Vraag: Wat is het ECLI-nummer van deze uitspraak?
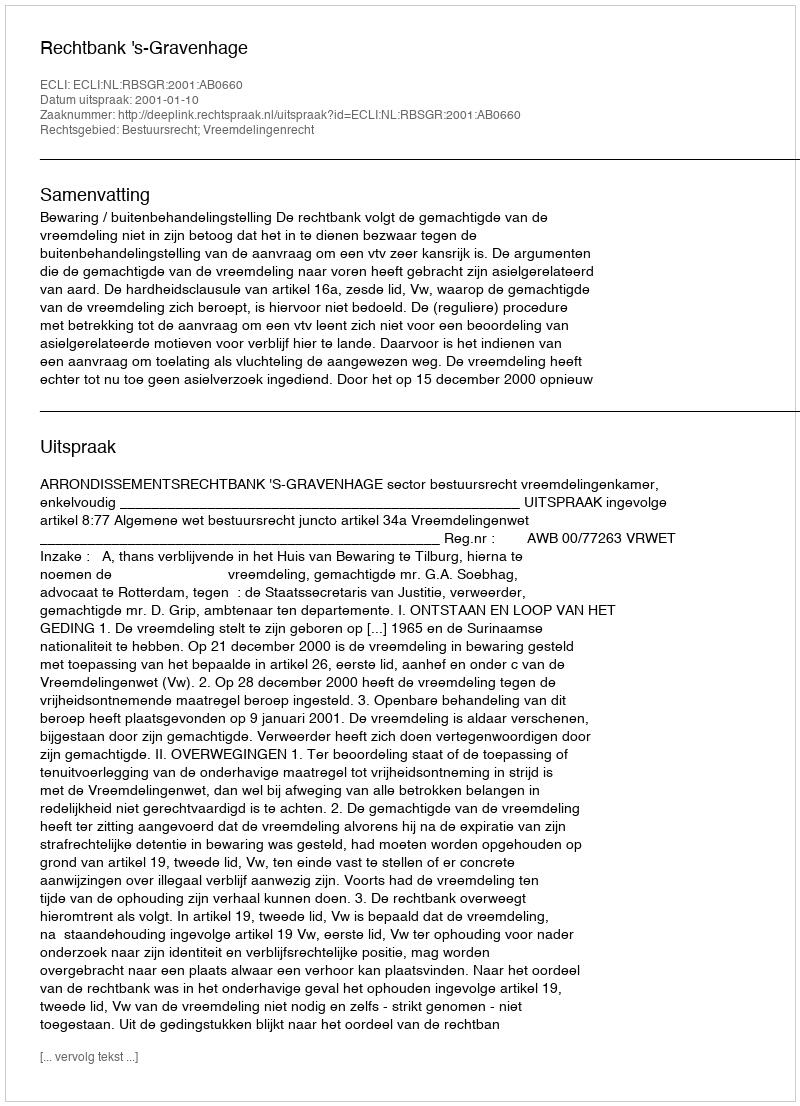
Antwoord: ECLI:NL:RBSGR:2001:AB0660